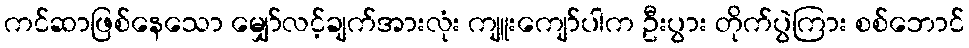
ကင်ဆာဖြစ်နေသော မျှော်လင့်ချက်အားလုံး ကျူးကျော်ပါက ဦးပွား တိုက်ပွဲကြား စစ်ဘောင်